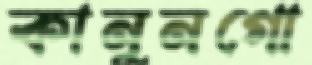
কানুনগো